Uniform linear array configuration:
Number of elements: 16
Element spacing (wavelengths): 0.75
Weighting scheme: cosine
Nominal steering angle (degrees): -45
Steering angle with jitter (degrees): -45.561
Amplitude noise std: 0.05
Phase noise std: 0.05

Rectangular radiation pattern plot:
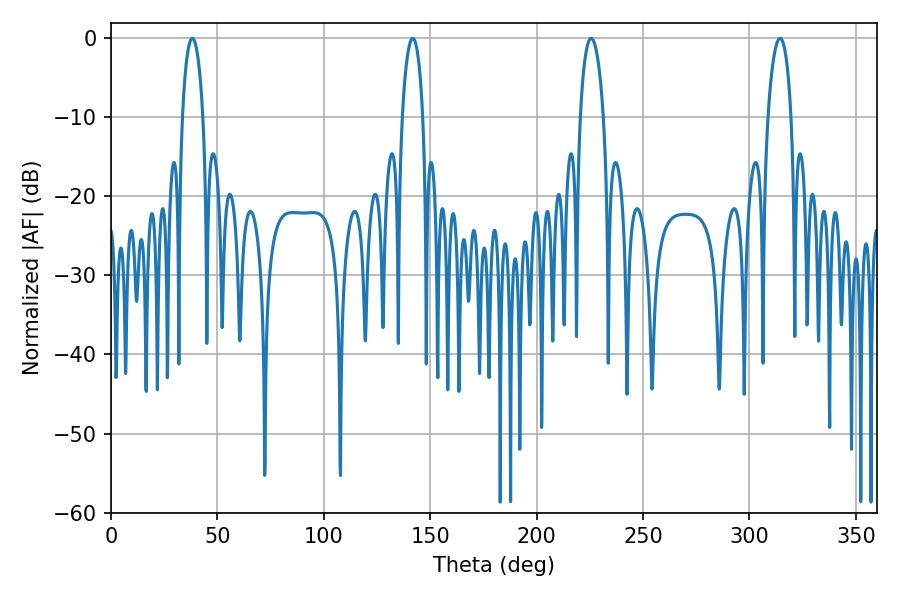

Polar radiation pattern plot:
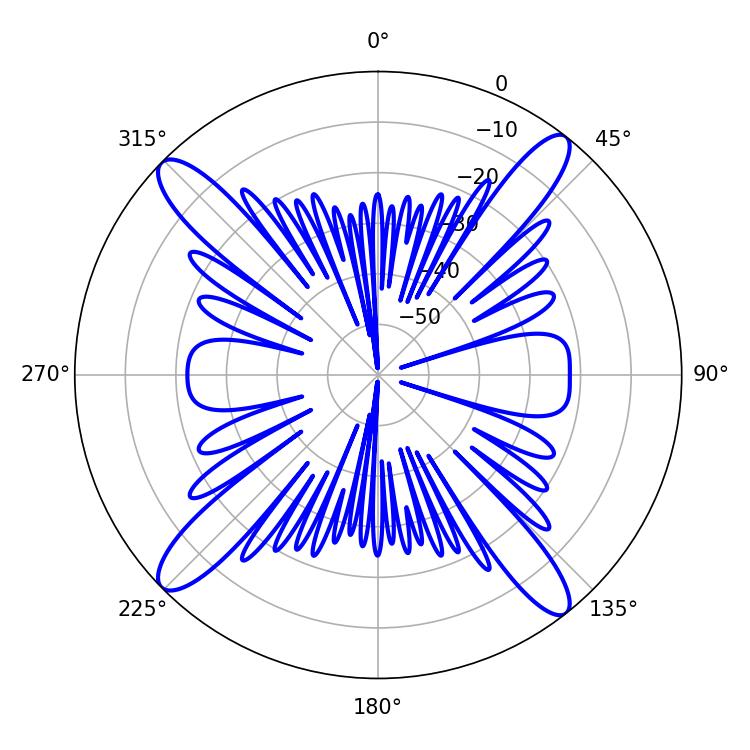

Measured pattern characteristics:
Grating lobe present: TRUE
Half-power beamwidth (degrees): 5.58
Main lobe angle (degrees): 38.16